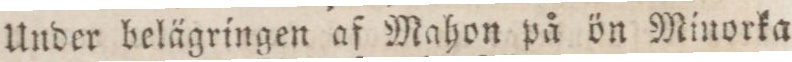
Under belägringen af Mahon på ön Minorka